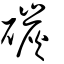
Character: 碳